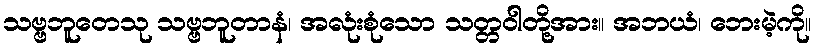
သဗ္ဗဘူတေသု သဗ္ဗဘူတာနံ၊ အလုံးစုံသော သတ္တဝါတို့အား။ အဘယံ၊ ဘေးမဲ့ကို။